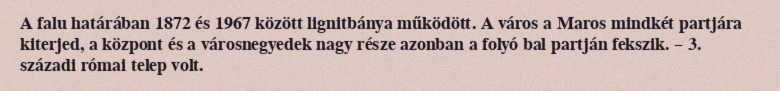
A falu határában 1872 és 1967 között lignitbánya működött. A város a Maros mindkét partjára kiterjed, a központ és a városnegyedek nagy része azonban a folyó bal partján fekszik. – 3. századi római telep volt.